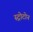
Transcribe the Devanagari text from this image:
स्ट्रोटोन